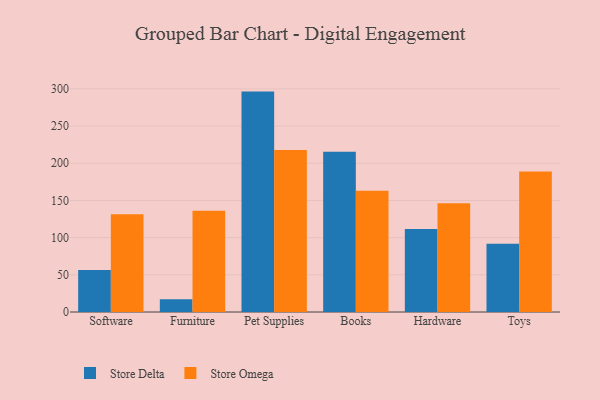
{"axis": {"x": "Category", "y": "Production Output"}, "legend": ["Store Delta", "Store Omega"], "data": [{"x": "Software", "y": 56.5, "type": "Store Delta"}, {"x": "Software", "y": 131.4, "type": "Store Omega"}, {"x": "Furniture", "y": 17.0, "type": "Store Delta"}, {"x": "Furniture", "y": 136.2, "type": "Store Omega"}, {"x": "Pet Supplies", "y": 296.4, "type": "Store Delta"}, {"x": "Pet Supplies", "y": 218.0, "type": "Store Omega"}, {"x": "Books", "y": 215.5, "type": "Store Delta"}, {"x": "Books", "y": 163.0, "type": "Store Omega"}, {"x": "Hardware", "y": 111.6, "type": "Store Delta"}, {"x": "Hardware", "y": 146.3, "type": "Store Omega"}, {"x": "Toys", "y": 91.8, "type": "Store Delta"}, {"x": "Toys", "y": 189.0, "type": "Store Omega"}]}